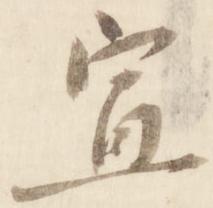
宣